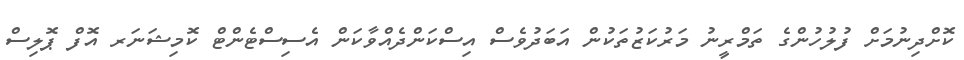
ކޮށްދިނުމަށް ފުލުހުންގެ ތަމްރީނު މަރުކަޒުތަކުން އަބަދުވެސް އިސްކަންދެއްވާކަން އެސިސްޓެންޓް ކޮމިޝަނަރ އޮފް ޕޮލިސް